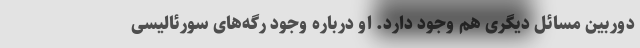
دوربین مسائل دیگری هم وجود دارد. او درباره وجود رگه‌های سورئالیسی